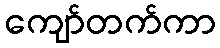
ကျော်တက်ကာ